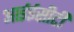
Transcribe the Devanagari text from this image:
आईईसीटी